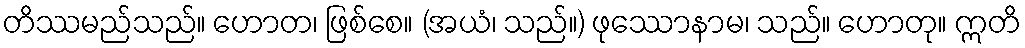
တိဿမည်သည်။ ဟောတ၊ ဖြစ်စေ။ (အယံ၊ သည်။) ဖုဿောနာမ၊ သည်။ ဟောတု။ ဣတိ